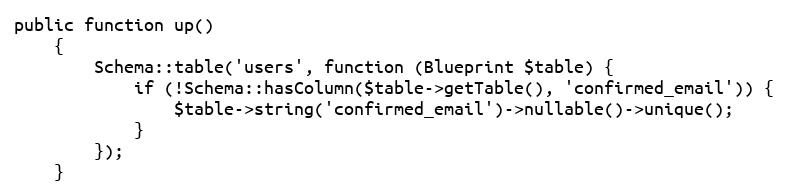
Language: PHP
public function up()
    {
        Schema::table('users', function (Blueprint $table) {
            if (!Schema::hasColumn($table->getTable(), 'confirmed_email')) {
                $table->string('confirmed_email')->nullable()->unique();
            }
        });
    }